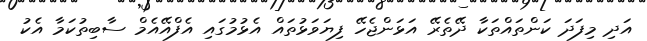
އަދި މިފަދަ ކަންތައްތަކާ ދޭތެރޭ އަޅަންޖެހޭ ފިޔަވަޅުތައް އެޅުމުގައި އެފްއޭއެމް ސާބިތުކަމާ އެކު